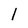
Character: l